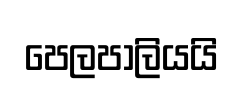
පෙලපාලියයි